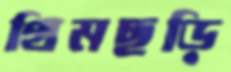
থিমছড়ি